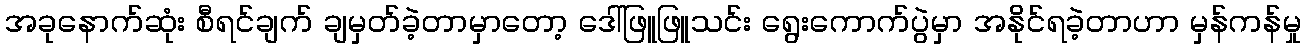
အခုနောက်ဆုံး စီရင်ချက် ချမှတ်ခဲ့တာမှာတော့ ဒေါ်ဖြူဖြူသင်း ရွေးကောက်ပွဲမှာ အနိုင်ရခဲ့တာဟာ မှန်ကန်မှု